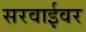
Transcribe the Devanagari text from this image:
सरवाईवर